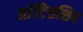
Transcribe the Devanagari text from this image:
अप्रेंटिसशिप